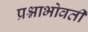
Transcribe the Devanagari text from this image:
प्रश्नाभोवती